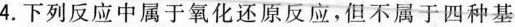
4. 下列反应中属于氧化还原反应,但不属于四种基